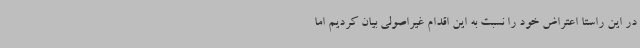
در این راستا اعتراض خود را نسبت به این اقدام غیراصولی بیان کردیم اما